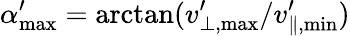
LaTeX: \alpha_{\mathrm{max}}^{\prime}=\arctan(v_{\bot,\mathrm{{max}}}^{\prime}/v_{\parallel,\mathrm{{min}}}^{\prime})